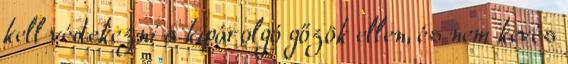
kell védekezni a kipárolgó gőzök ellen, és nem kevés